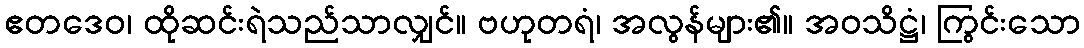
ဧတဒေဝ၊ ထိုဆင်းရဲသည်သာလျှင်။ ဗဟုတရံ၊ အလွန်များ၏။ အဝသိဋ္ဌံ၊ ကြွင်းသော